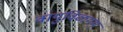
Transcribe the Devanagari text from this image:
वायुविळगम्